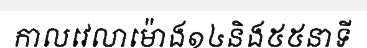
កាលវេលាម៉ោង១៤និង៥៥នាទី